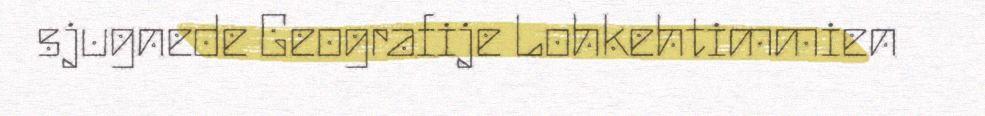
sjugnede Geografije Lohkehtimmien